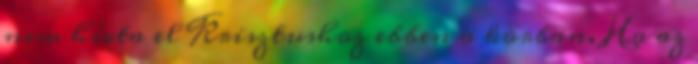
nem hívta el Krisztushoz ebben a korban. Ha az